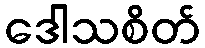
ဒေါသစိတ်